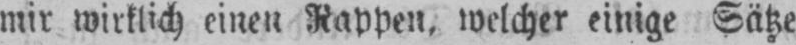
mir wirtlich einen Rappen, welcher einige Sätze